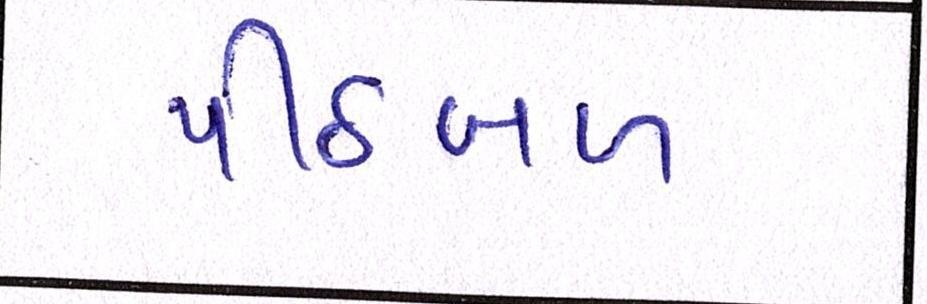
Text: પીઠબળ